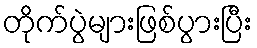
တိုက်ပွဲများဖြစ်ပွားပြီး